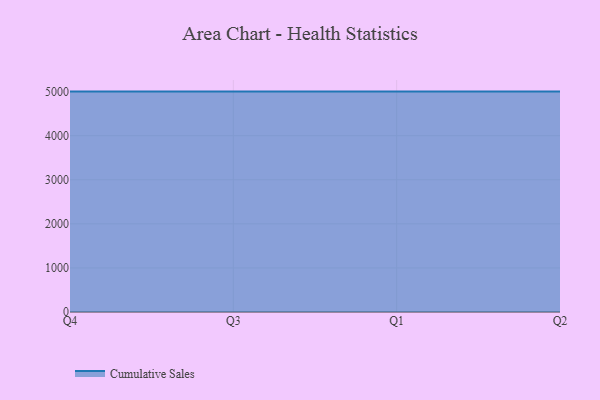
{"axis": {"x": "Quarter", "y": "Market Share (%)"}, "legend": ["Cumulative Sales"], "data": [{"x": "Q4", "y": 5000, "type": "Cumulative Sales"}, {"x": "Q3", "y": 5000, "type": "Cumulative Sales"}, {"x": "Q1", "y": 5000, "type": "Cumulative Sales"}, {"x": "Q2", "y": 5000, "type": "Cumulative Sales"}]}